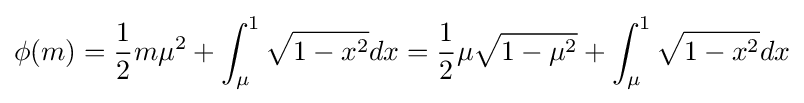
\phi (m)={\frac {1}{2}}m\mu ^{2}+\int _{\mu }^{1}{\sqrt {1-x^{2}}}dx={\frac {1}{2}}\mu {\sqrt {1-\mu ^{2}}}+\int _{\mu }^{1}{\sqrt {1-x^{2}}}dx